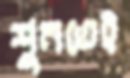
শুনতেই